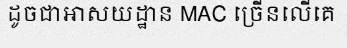
ដូចជាអាសយដ្ឋាន MAC ច្រើនលើគេ